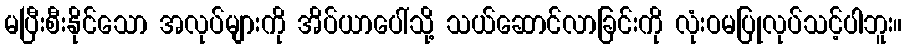
မပြီးစီးနိုင်သော အလုပ်များကို အိပ်ယာပေါ်သို့ သယ်ဆောင်လာခြင်းကို လုံးဝမပြုလုပ်သင့်ပါဘူး။